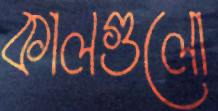
কালগুলো